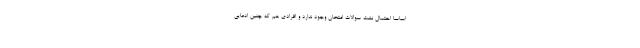
اساسا احتمال نشت سوالات امتحان وجود ندارد و افرادی هم که چنین ادعایی